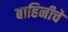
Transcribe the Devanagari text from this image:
बाहिनीचे